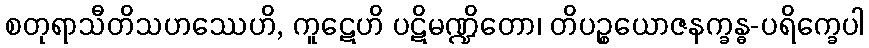
စတုရာသီတိသဟဿေဟိ, ကူဋေဟိ ပဋိမဏ္ဍိတော၊ တိပဉ္စယောဇနက္ခန္ဓ-ပရိက္ခေပါ